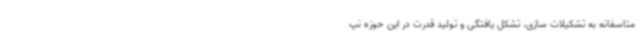
متاسفانه به تشکیلات سازی، تشکل یافتگی و تولید قدرت در این حوزه نپ